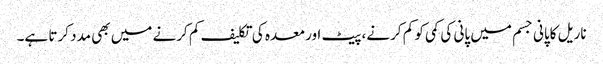
ناریل کاپانی جسم میں پانی کی کمی کو کم کرنے، پیٹ اور معدہ کی تکلیف کم کرنے میں بھی مدد کرتا ہے۔